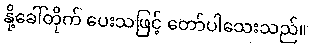
နို့ခေါ်တိုက် ပေးသဖြင့် တော်ပါသေးသည်။